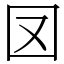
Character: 㘝